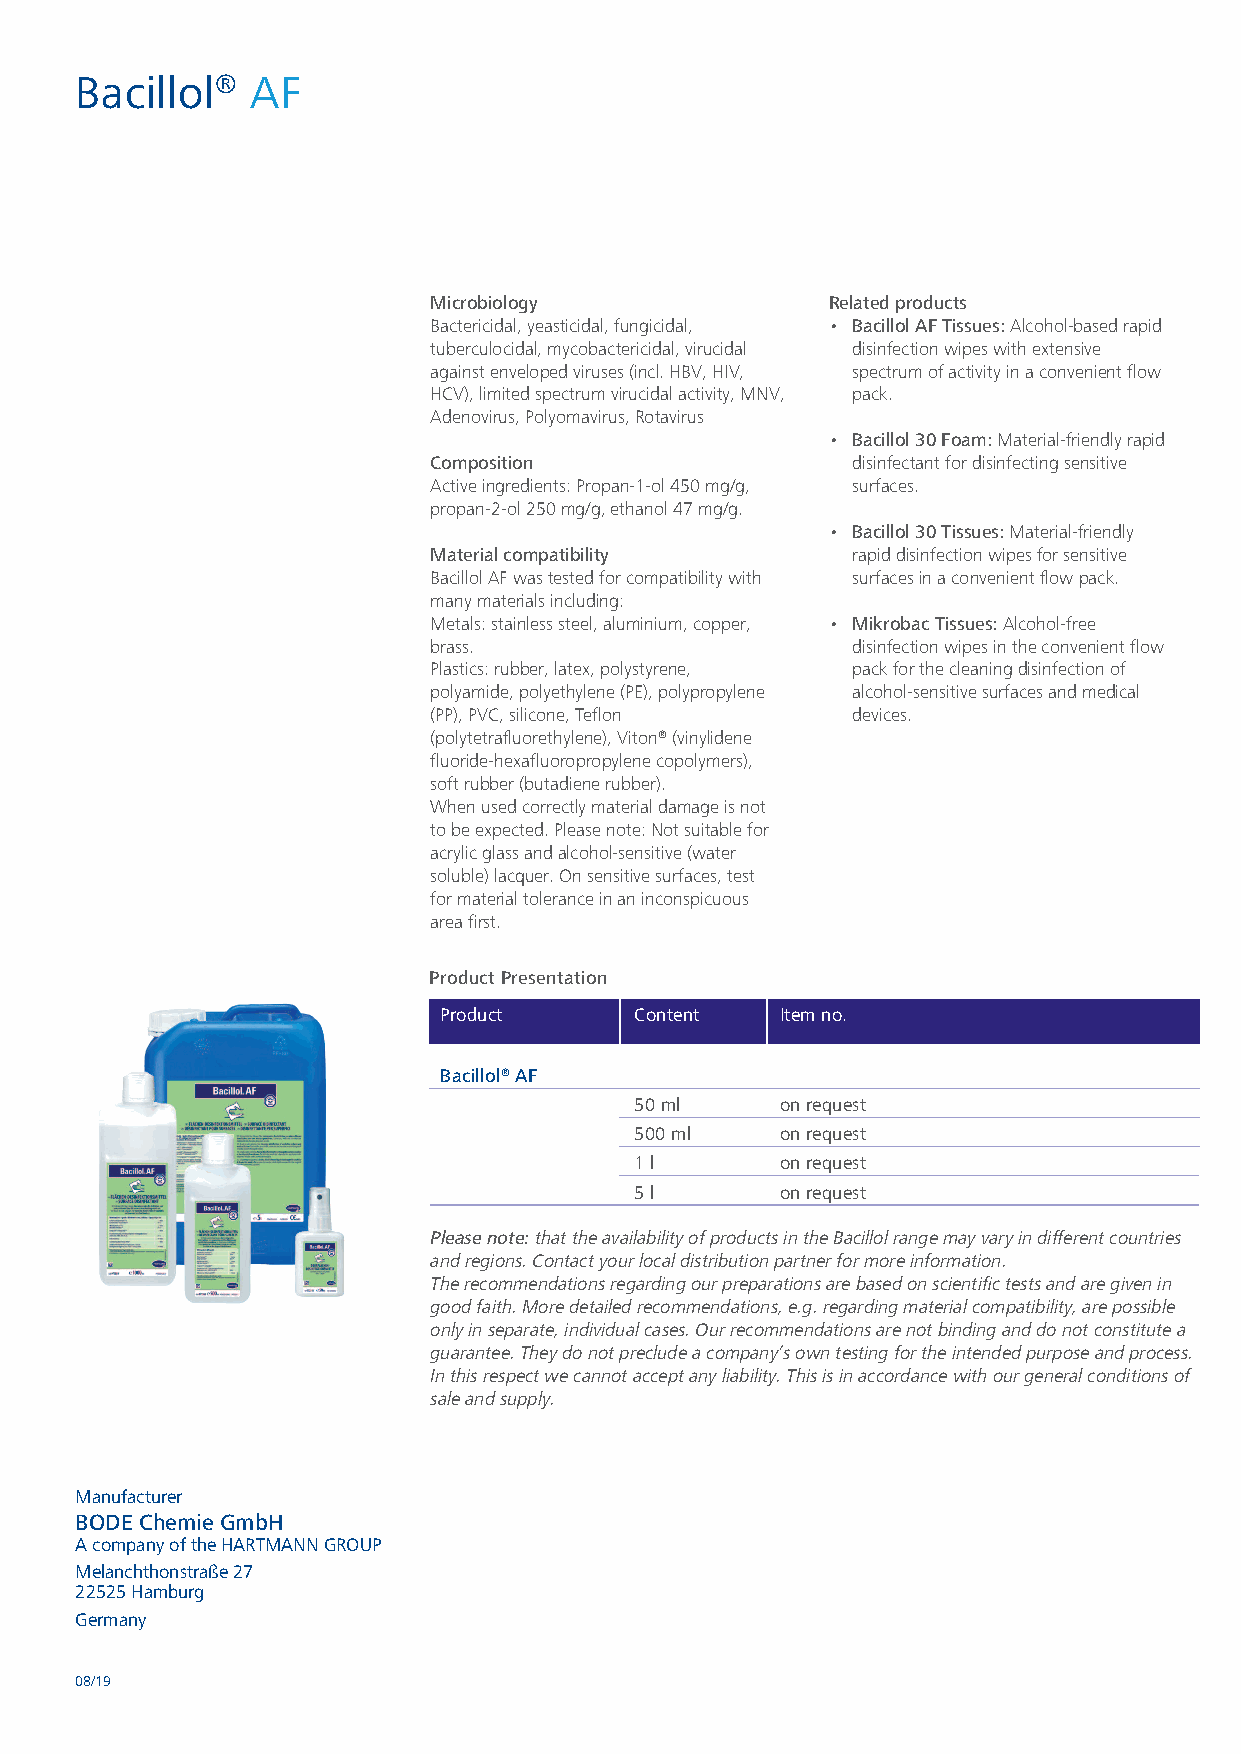
Bacillol®   AF
 Microbiology               Relatedproducts
 Bactericidal,yeasticidal,fungicidal, • BacillolAFTissues:Alcohol-basedrapid
 tuberculocidal,mycobactericidal,virucidal disinfectionwipeswithextensive
 againstenvelopedviruses(incl.HBV,HIV, spectrumofactivityinaconvenientflow
 HCV),limitedspectrumvirucidalactivity,MNV, pack.
 Adenovirus,Polyomavirus,Rotavirus
 • Bacillol30Foam:Material-friendlyrapid
 Composition                 disinfectantfordisinfectingsensitive
 Activeingredients:Propan-1-ol450mg/g, surfaces.
 propan-2-ol250mg/g,ethanol47mg/g.
 • Bacillol30Tissues:Material-friendly
 Materialcompatibility       rapiddisinfectionwipesforsensitive
 BacillolAFwastestedforcompatibilitywith surfacesinaconvenientflowpack.
 manymaterialsincluding:
 Metals:stainlesssteel,aluminium,copper, • MikrobacTissues:Alcohol-free
 brass.                      disinfectionwipesintheconvenientflow
 Plastics:rubber,latex,polystyrene, packforthecleaningdisinfectionof
 polyamide,polyethylene(PE),polypropylene alcohol-sensitivesurfacesandmedical
 (PP),PVC,silicone,Teflon    devices.
 (polytetrafluorethylene),Viton®(vinylidene
 fluoride-hexafluoropropylenecopolymers),
 softrubber(butadienerubber).
 Whenusedcorrectlymaterialdamageisnot
 tobeexpected.Pleasenote:Notsuitablefor
 acrylicglassandalcohol-sensitive(water
 soluble)lacquer.Onsensitivesurfaces,test
 formaterialtoleranceinaninconspicuous
 areafirst.
 ProductPresentation
 Product      Content   Itemno.
 Bacillol®AF
 50ml      onrequest
 500ml     onrequest
 1l        onrequest
 5l        onrequest
 Pleasenote:thattheavailabilityofproductsintheBacillolrangemayvaryindifferentcountries
 andregions.Contactyourlocaldistributionpartnerformoreinformation.
 Therecommendationsregardingourpreparationsarebasedonscientifictestsandaregivenin
 goodfaith.Moredetailedrecommendations,e.g.regardingmaterialcompatibility,arepossible
 onlyinseparate,individualcases.Ourrecommendationsarenotbindinganddonotconstitutea
 guarantee.Theydonotprecludeacompany’sowntestingfortheintendedpurposeandprocess.
 Inthisrespectwecannotacceptanyliability.Thisisinaccordancewithourgeneralconditionsof
 saleandsupply.
 Manufacturer
 BODE Chemie GmbH
 AcompanyoftheHARTMANNGROUP
 Melanchthonstraße27
 22525Hamburg
 Germany
 08/19